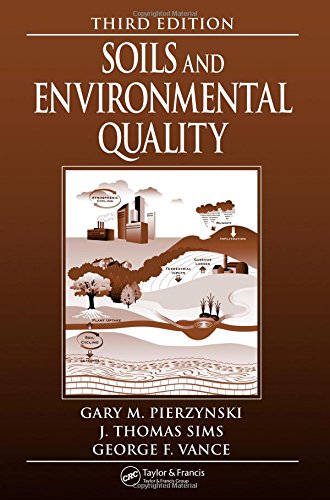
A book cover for Soils and Environmental Quality; Gary M. Pierzynski; Science & Math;